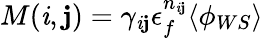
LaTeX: M(\mathit{i},\mathbf{j})=\gamma_{\mathit{i}\mathbf{j}}\epsilon_{f}^{n_{\mathit{i}\mathbf{j}}}\langle\phi_{WS}\rangle